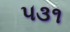
૫૩૧